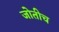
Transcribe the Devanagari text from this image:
जोतीच